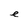
Character: e